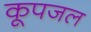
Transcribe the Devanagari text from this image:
कूपजल